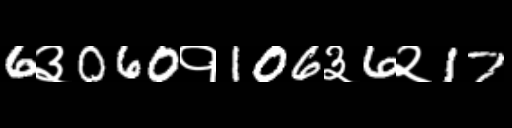
Text: 6३060१106३6२17